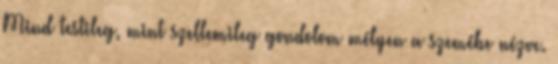
Mind testileg, mint szellemileg gondolom mélyen a szemébe nézve.